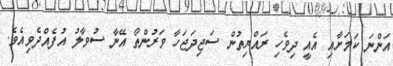
އަންނަ ކަމަށާއި އެއީ ދިވެހި ރައްޔިިތުން ސަޖިދަޖަހާ ވަރުންތޯ އޭނާ ސުވާލު އުފެއްދެވިއެވެ.